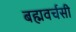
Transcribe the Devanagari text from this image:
बह्मवर्चसी